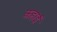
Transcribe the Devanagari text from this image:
कहाई